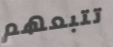
تتبعهم